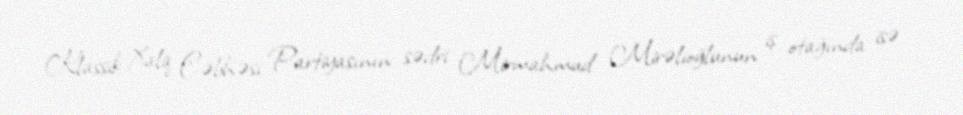
Klassik Xalq Cəbhəsi Partiyasının sədri Mirmahmud Mirəlioğlunun iş otağında isə